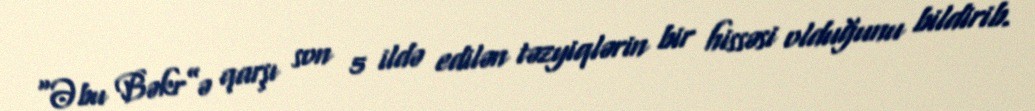
“Əbu Bəkr”ə qarşı son 5 ildə edilən təzyiqlərin bir hissəsi olduğunu bildirib.